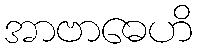
အာဗာဓေဟိ